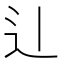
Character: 𫐞